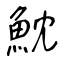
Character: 魫